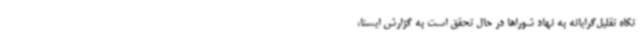
نگاه تقلیل‌گرایانه به نهاد شوراها در حال تحقق است به گزارش ایسنا،